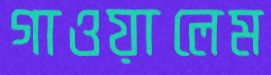
গাওয়ালেম